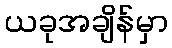
ယခုအချိန်မှာ